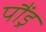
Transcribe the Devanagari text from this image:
पौंड्र